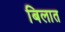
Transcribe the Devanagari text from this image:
बिलात